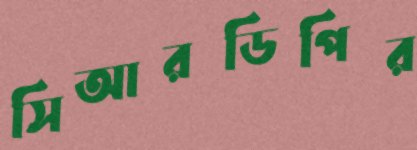
সিআরডিপির